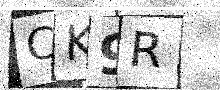
Text: CK9R